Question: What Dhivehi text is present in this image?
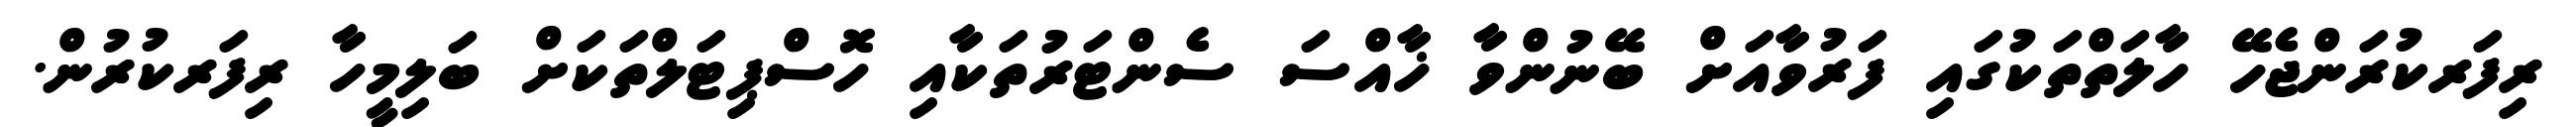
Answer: ރިފަރކުރަންޖެހޭ ހާލަތްތަކުގައި ފަރުވާއަށް ބޭނުންވާ ޚާއްސަ ސެންޓަރުތަކާއި ހޮސްޕިޓަލްތަކަށް ބަލިމީހާ ރިފަރކުރުން.